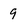
Character: 9